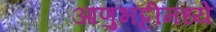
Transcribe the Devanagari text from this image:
आणुभट्टीमध्ये